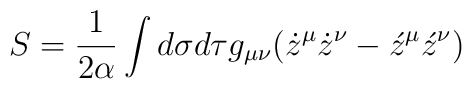
S=\frac 1{2\alpha }\int d\sigma d\tau g_{\mu \nu }(\dot z^\mu\dot z^\nu -\acute z^\mu \acute z^\nu )